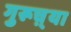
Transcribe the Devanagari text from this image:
गुरूच़्या